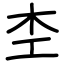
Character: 杢